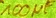
Text: 100µF